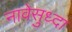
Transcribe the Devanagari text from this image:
नावेसुध्दा